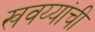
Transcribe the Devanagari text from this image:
खवय्यांची